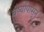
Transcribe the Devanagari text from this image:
वर्ष्यापासून